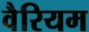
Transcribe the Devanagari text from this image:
वैरियम